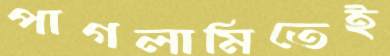
পাগলামিতেই